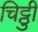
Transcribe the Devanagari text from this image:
चिट्ठीु